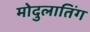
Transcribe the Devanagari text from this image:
मोदुलातिंग